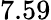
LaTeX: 7.59